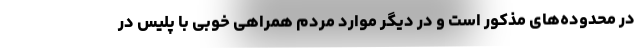
در محدوده‌های مذکور است و در دیگر موارد مردم همراهی خوبی با پلیس در